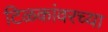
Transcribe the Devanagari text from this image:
टिळकांवरच्या